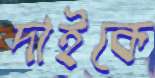
দাইকে